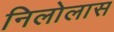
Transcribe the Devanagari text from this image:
निलोलास